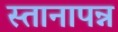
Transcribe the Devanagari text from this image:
स्तानापन्न